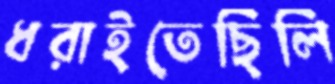
ধরাইতেছিলি